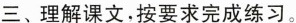
三、理解课文，按要求完成练习。